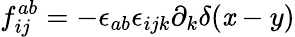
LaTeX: f_{ij}^{ab}=-{\epsilon_{ab}}{\epsilon_{ijk}}\partial_{k}\delta(\mathit{x}-y)